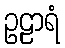
ဥဠာရံ